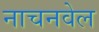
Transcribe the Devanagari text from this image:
नाचनवेल